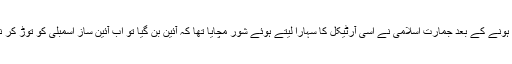
سنہ 1973 میں آئین منظور ہونے کے بعد جمارت اسلامی نے اسی آرٹیکل کا سہارا لیتے ہوئے شور مچایا تھا کہ آئین بن گیا تو اب آئین ساز اسمبلی کو توڑ کر نئے انتخابات کروائے جائیں۔